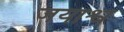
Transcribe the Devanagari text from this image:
जयाश्व